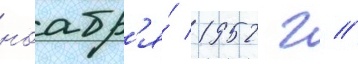
ноабр'я́ 1952 г //